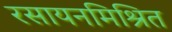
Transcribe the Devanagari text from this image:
रसायनमिश्रित